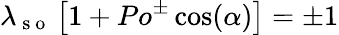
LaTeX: \lambda_{\mathrm{~s~o~}}\left[1+Po^{\pm}\cos(\alpha)\right]=\pm 1